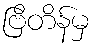
ဗြိတိန်မှ